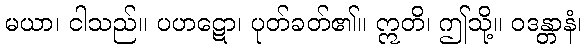
မယာ၊ ငါသည်။ ပဟဋော၊ ပုတ်ခတ်၏။ ဣတိ၊ ဤသို့။ ဝဒန္တာနံ၊